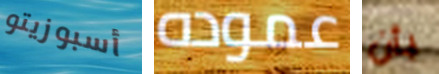
أسبوزيتو عموده بأن